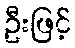
ဦးဖြင့်